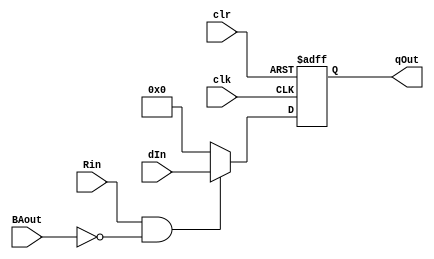
// This program was cloned from: https://github.com/martinmaly21/ELEC374
// License: MIT License

module Register_0 #(parameter VAL = 0)(
	input wire clk, 
	input wire clr,
	input wire [31:0] dIn,
	input wire Rin,
	output reg [31:0] qOut,
	input wire BAout
);


 	always@(posedge clk or negedge clr)
		begin
			if(clr == 0)
				qOut <= 0;
			else if(Rin && !BAout)
				qOut <= dIn;
			else 
				qOut = 0;
		end		
		initial qOut = VAL;
 
endmodule